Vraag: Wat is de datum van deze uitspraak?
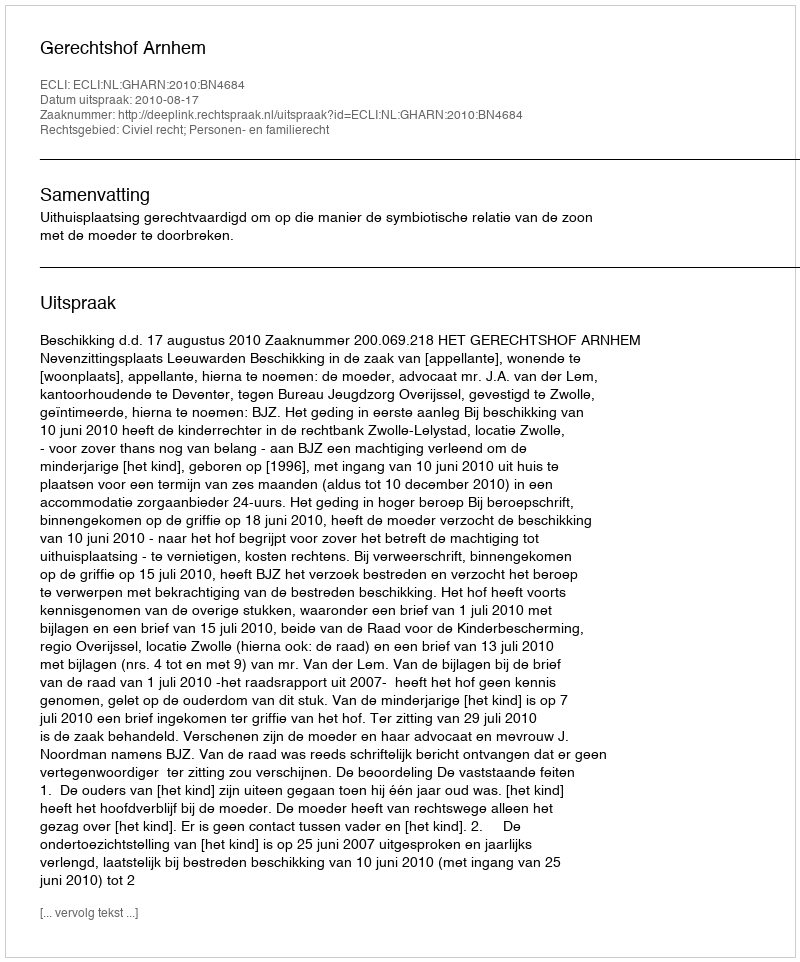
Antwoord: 2010-08-17